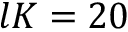
l K = 2 0